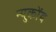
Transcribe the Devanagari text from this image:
न्युकोंब